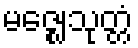
မဇ္ဈေသုတ္တံ